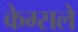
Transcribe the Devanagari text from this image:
केम्सले